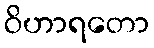
ဝိဟာရတော